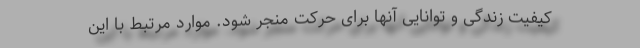
کیفیت زندگی و توانایی آنها برای حرکت منجر شود. موارد مرتبط با این